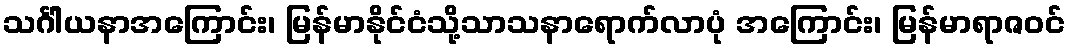
သင်္ဂါယနာအကြောင်း၊ မြန်မာနိုင်ငံသို့သာသနာရောက်လာပုံ အကြောင်း၊ မြန်မာရာဇဝင်